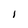
Character: l